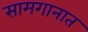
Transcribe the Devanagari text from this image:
सामगानात